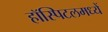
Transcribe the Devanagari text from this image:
हॉस्पिटलमध्यें